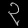
Digit: ၃